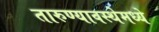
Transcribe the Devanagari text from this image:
तारुण्यावस्थेमध्ये